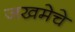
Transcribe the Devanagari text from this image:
जखमेचे